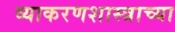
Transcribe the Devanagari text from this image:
व्याकरणशास्त्राच्या